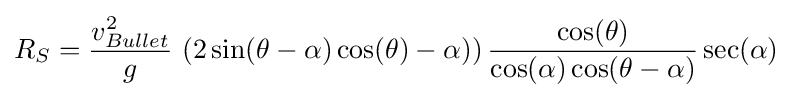
R_{S}={\frac {v_{Bullet}^{2}}{g}}\,\left(2\sin(\theta -\alpha )\cos(\theta )-\alpha )\right){\frac {\cos(\theta )}{\cos(\alpha )\cos(\theta -\alpha )}}\sec(\alpha )